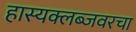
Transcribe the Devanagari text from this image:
हास्यक्लब्जवरचा